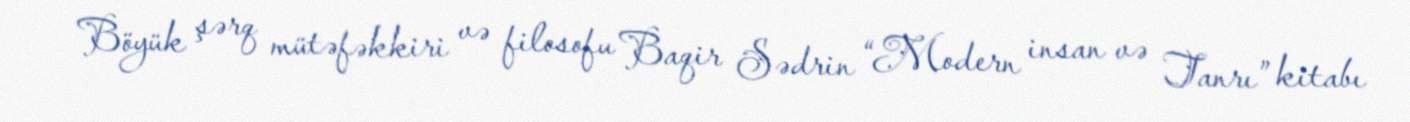
Böyük şərq mütəfəkkiri və filosofu Baqir Sədrin “Modern insan və Tanrı” kitabı